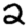
Digit: 2